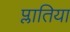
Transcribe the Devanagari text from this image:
प्लातिया